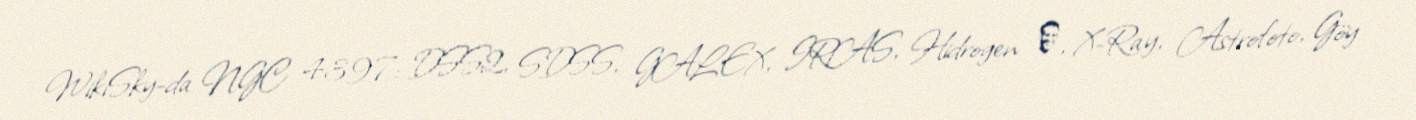
WikiSky-da NGC 4397: DSS2, SDSS, GALEX, IRAS, Hidrogen α, X-Ray, Astrofoto, Göy